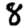
Digit: 8